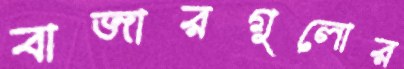
বাজারগুলোর